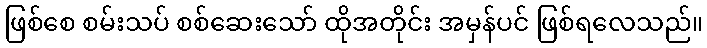
ဖြစ်စေ စမ်းသပ် စစ်ဆေးသော် ထိုအတိုင်း အမှန်ပင် ဖြစ်ရလေသည်။